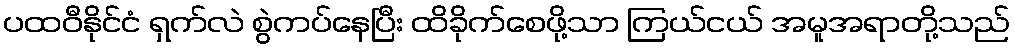
ပထဝီနိုင်ငံ ရှက်လဲ စွဲကပ်နေပြီး ထိခိုက်စေဖို့သာ ကြယ်ငယ် အမူအရာတို့သည်